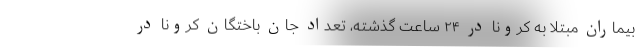
بیماران مبتلا به کرونا در ۲۴ ساعت گذشته، تعداد جان باختگان کرونا در